Annual statistical returns and brief notes on vaccination in Bengal - 1896-1909
Year: 1896
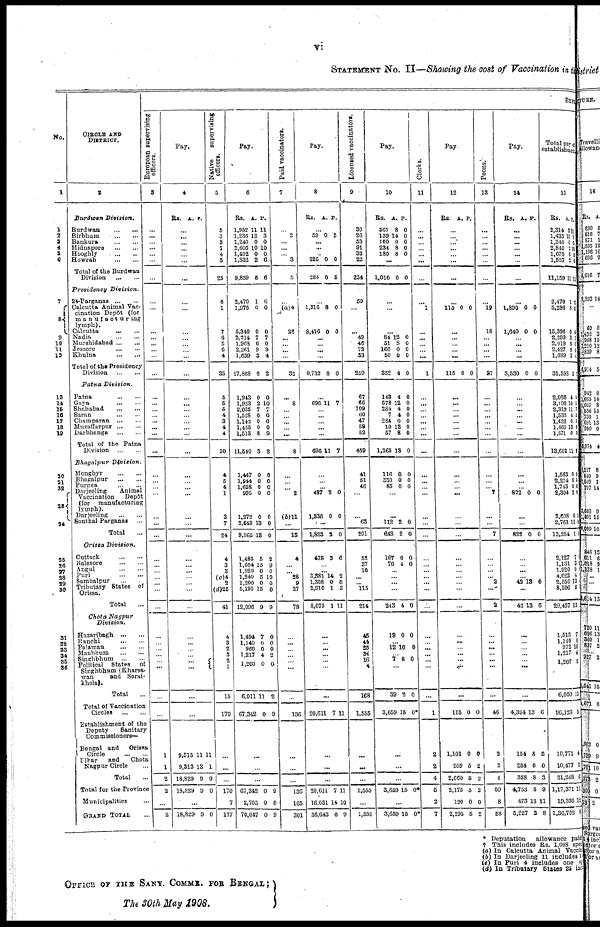
vi
STATEMENT NO. II—Showing the cost of Vaccination in the
No.
1
1
2
3
4
5 6
7
8
9
10
11
12
13
14
15
16
17
18
19
20
21
22
23
24
25
26
27
28
29
30
31
32
33
34
35
36
CIRCLE AND
DISTRICT.
2
Burdwan
Division.
Burdwan
...
...
Birbhum
...
...
Bankura
...
...
Midnapore
...
...
Hooghly
...
...
Howrah
...
...
Total of the Burdwan
Division
...
...
Presidency
Division.
24-Parganas
...
...
Calcutta Animal Vac-
cination Depôt (for
manufacturing
lymph).
Calcutta
...
...
Nadia
...
...
Murshidabad
...
...
Jessore
...
...
Khulna
...
...
Total of the Presidency
Division
...
...
Patna
Division.
Patna
...
...
Gaya
...
...
Shahabad
...
...
Saran
...
...
Champaran
...
...
Muzaffarpur
...
...
Darbhanga
...
...
Total of the Patna
Division
...
...
Bhagalpur
Division.
Monghyr
...
...
Bhagalpur
...
...
Purnea
...
...
Darjeeling
Animal
Vaccination
Depôt
(for
manufacturing
lymph).
Darjeeling
...
...
Sonthal Parganas
...
Total ...
Orissa
Division.
Cuttack
...
...
Balasore
...
...
Angul
...
...
Puri
...
...
Sambalpur ... ...
Tributary States of
Orissa.
Total ...
Chota
Nagpur
Division.
Hazaribagh
...
...
Ranchi
...
...
Palamau ... ...
Manbhum
...
...
Singhbhum
...
...
Political
States
of
Singhbhum (Kharsa-
wan
and Serai-
khela).
Total
...
Total of Vaccination
Circles
...
...
Establishment of the
Deputy
Sanitary
Commissioners—
Bengal and
Orissa
Circle
...
...
Bihar
and
Chota
Nagpur Circle ...
Total ...
Total for the Province
Municipalities ...
GRAND TOTAL ...
EXPE
European supervising
officers.
3
...
...
...
...
...
...
...
...
...
...
...
...
...
...
...
...
...
...
...
...
...
...
...
...
...
...
...
...
...
...
...
...
...
...
...
...
...
...
...
...
...
...
...
...
...
1
1
2
2
...
2
Pay.
4
Rs. A. P.
...
...
...
...
...
...
...
...
...
...
...
...
...
...
...
...
...
...
...
...
...
...
...
...
...
...
...
...
...
...
...
...
...
...
...
...
...
...
...
...
...
...
...
...
...
9,515
9,313
18,829
18,829
11
13
9
9
11
1
0
0
...
18,829 9 0
Native
supervising
officers.
5
5
3
3
7
4
3
25
6
1
7
6
5
6
4
35
5
5
5
4
3
4
4
30
4
5
4
1
3
7
24
...
3
...
...
...
(d)25
41
4
3
2
3 2
1
15
170
...
...
...
170
7
177
Pay.
6
Rs.
1,952
1,236
1,240
2,605
1,492
1,332
9,859
A.
11
12
0
10
0
2
5
P.
11
3
0
10
0
6
6
2,470
1,975
5,340
2,214
1,968
2,261
1,639
17,868
1,943
1,923
2,035
1,528
1,142
1 455
1,513
11,540
1
0
0
7
0
9
3
6
0
2
7
0
0
0
8
3
6
0
0
7
0
9
4
2
0
10
7
0
0
0
9
2
1,447
1,944
1,658
995
1,372
2,649
9,965
0
0
0
0
0
13
13
0
0
0
0
0
0
0
1,485
1,054
1,920
1,240
1,200 5,195
12,096
5
15
0
5
0
15
9
2
9
0
10
0
0
9
1,494
1,140
960
1,217
1,200 1,200
6,011
67,342
7
0
0
4
0 0
11
0
0
0
0
2
0 0
2
9
...
...
...
67,342
2,705
70,047
0
0
0
9
0
9
Paid vaccinators.
7
...
2
...
...
...
3
5
...
(a)4
28
...
...
...
...
32
...
8
...
...
...
...
...
8
...
...
...
2
(b)11
...
13
4
...
...
28
9
37
78
...
...
...
...
...
...
...
136
...
...
...
136
165
301
Pay.
8
Rs. A. P.
...
59 0 5
...
...
...
225
284
0
0
0
5
...
1,316
8,416
8
0
0
0
...
...
...
...
9,732 8 0
...
696 11 7
...
...
...
...
...
696 11 7
...
...
...
487
1,336
2
0
0
0
...
1,823 2 0
475 2 6
...
...
3,381
1,308
2,910
8,075
14
0
1
1
2
0 3
11
...
...
...
...
...
...
...
20,611 7 11
...
...
...
20,611
16,031
36,643
7
14
6
11
10
9
Licensed vaccinators.
9
30
26
53
91
32
22
254
59
...
...
49
46
72
33
259
67
66
109
60
47
58
52
459
41
51
46
...
... 63
201
52
37
10
...
...
115
214
45
44
25
34
16
4
168
1,555
...
...
...
1,555
...
1,555
Pay.
10
Rs.
361
139
100
234
180
A.
8
14
0
8
8
P.
0
0
0
0
0
...
1,016 6 0
...
...
...
84
51
166
50
352
12
8
0
0
4
0
0
0
0
0
148
578
284
7
284
10
57
1,365
4
12
4
4
0
13
8
13
0
0
0
0
0
0
0
0
116
330
85
0
0
0
0
0
0
...
...
112
643
2
2
0
0
167
76
0
4
0
0
...
...
...
...
243 4 0
19 0 0
...
12 10 0
...
7 8 0
...
39
3,659
2
15
0
0*
...
...
...
3,659 15 0*
...
3,659 15 0*
Clerks.
11
...
...
...
...
...
...
...
...
1
...
...
...
...
...
1
...
...
...
...
...
...
...
...
...
...
...
...
...
...
...
...
...
...
...
...
...
...
...
...
...
...
...
...
...
1
2
2
4
5
2
7
Pay
12
Rs. A. P.
...
...
...
...
...
...
...
...
115 0 0
...
...
...
...
...
115 0 0
...
...
...
...
...
...
...
...
...
...
...
...
...
...
...
...
...
...
...
...
...
...
...
...
...
...
...
...
...
115 0 0
1,101
959
2,060
2,175
120
2,295
0
5
5
5
0
5
0
2
2
2
0
2
Peons.
13
...
...
...
...
...
...
...
...
19
18
...
...
...
...
37
...
...
...
...
...
...
...
...
...
...
...
7
...
...
7
...
...
...
...
2
...
2
...
...
...
...
...
...
...
46
2
2
4
50
8
58
Pay.
14
Rs. A. P.
...
...
...
...
...
...
...
...
1,890
1,640
0
0
0
0
...
...
...
...
3,530 0 0
...
...
...
...
...
...
...
...
...
......
...
822 0 0
...
...
822 0 0
...
...
...
...
42 13 6
...
42 13 6
...
...
...
...
...
...
...
4,394 13 6
154
204
358
4,753
473
6,227
8
0
8
5
13
3
3
0
3
9
11
8
Total pay of
establishment.
15
Rs.
2,314
1,435
1,340
2,840
1,672
1,557
11,159
A.
3
10
0
2
8
2
11
P.
11
8
0
10
0
6
11
2,470
5,296
15,396
2,299
2,019
2,427
1,689
31,598
2,086
3,198
2,318
1,535
1,426
...
1,571
13,602
1
8
0
3
8
9
3
2
4
10
11
4
0
13
0
11
6
0
0
7
0
9
1
2
0
5 7
0
0 0
9
9
1,563
2,274
1,743
2,304
2,608
2,761
13,254
0
0
0
2
0
15
1
0
0
0
0
0
0
0
2,127
1,131
1,920
4,622
2,550
8,106
20,457
7
3
0
4
13
0
13
0
0
0
0
0
0
0
1,513
1,140
972
1,217
1,207
7
0
10
4
8
0
0
0
0
0
...
6,050
96,123
13
5
0
0
10,771
10,477
21,248
1,17,371
19,330
1,30,702
4
2
6
11
12
8
0
0
0
0
0
0
* Deputation
allowance paid
† This includes Rs. 1,008 sper
(a) In Calcutta Animal Vaccin
(b) In Darjeeling 11 includes 1
(c) In Puri 4 includes one
(d) In Tributary States 25 inc
OFFICE OF THE SANY. COMMR. FOR BENGAL;
The 30th May 1908.